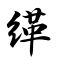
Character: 缂